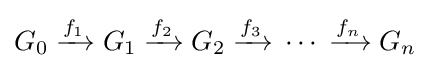
G_{0}\;{\xrightarrow {f_{1}}}\;G_{1}\;{\xrightarrow {f_{2}}}\;G_{2}\;{\xrightarrow {f_{3}}}\;\cdots \;{\xrightarrow {f_{n}}}\;G_{n}